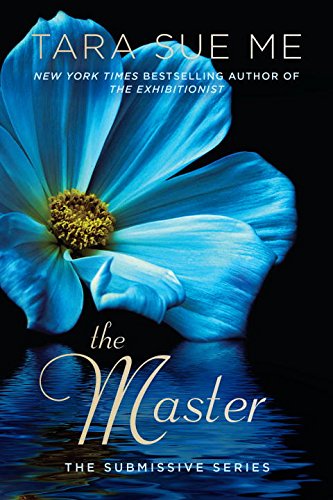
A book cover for The Master: The Submissive Series; Tara Sue Me; Literature & Fiction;